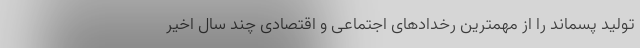
تولید پسماند را از مهمترین رخدادهای اجتماعی و اقتصادی چند سال اخیر